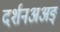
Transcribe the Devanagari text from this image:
दर्शनअअङ्